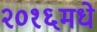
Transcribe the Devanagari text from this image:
२०१६मधे